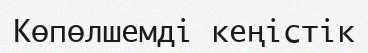
Көпөлшемді кеңістік